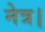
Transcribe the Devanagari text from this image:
नेत्र।